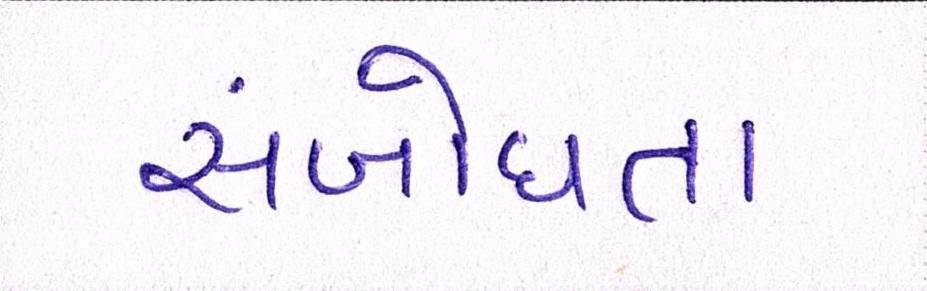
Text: સંબોધતા